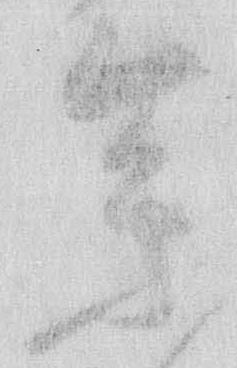
参